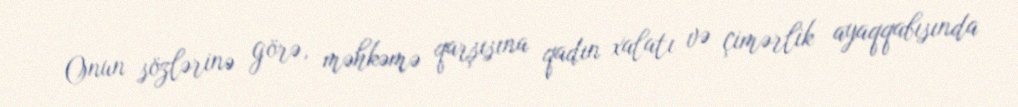
Onun sözlərinə görə, məhkəmə qarşısına qadın xalatı və çimərlik ayaqqabısında